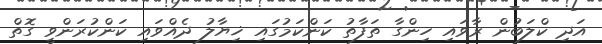
އަދި ކްލަބުން ރާވައި ހިންގާ ތަފާތު ކަންކަމުގައި ޚިޔާލު ދެއްވައި ކަންކުރަންވީ ގޮތް